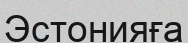
Эстонияға